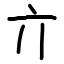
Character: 亣